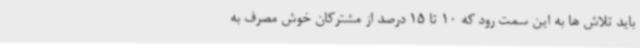
باید تلاش ها به این سمت رود که 10 تا 15 درصد از مشترکان خوش مصرف به